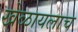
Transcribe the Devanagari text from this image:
खेळायलाच